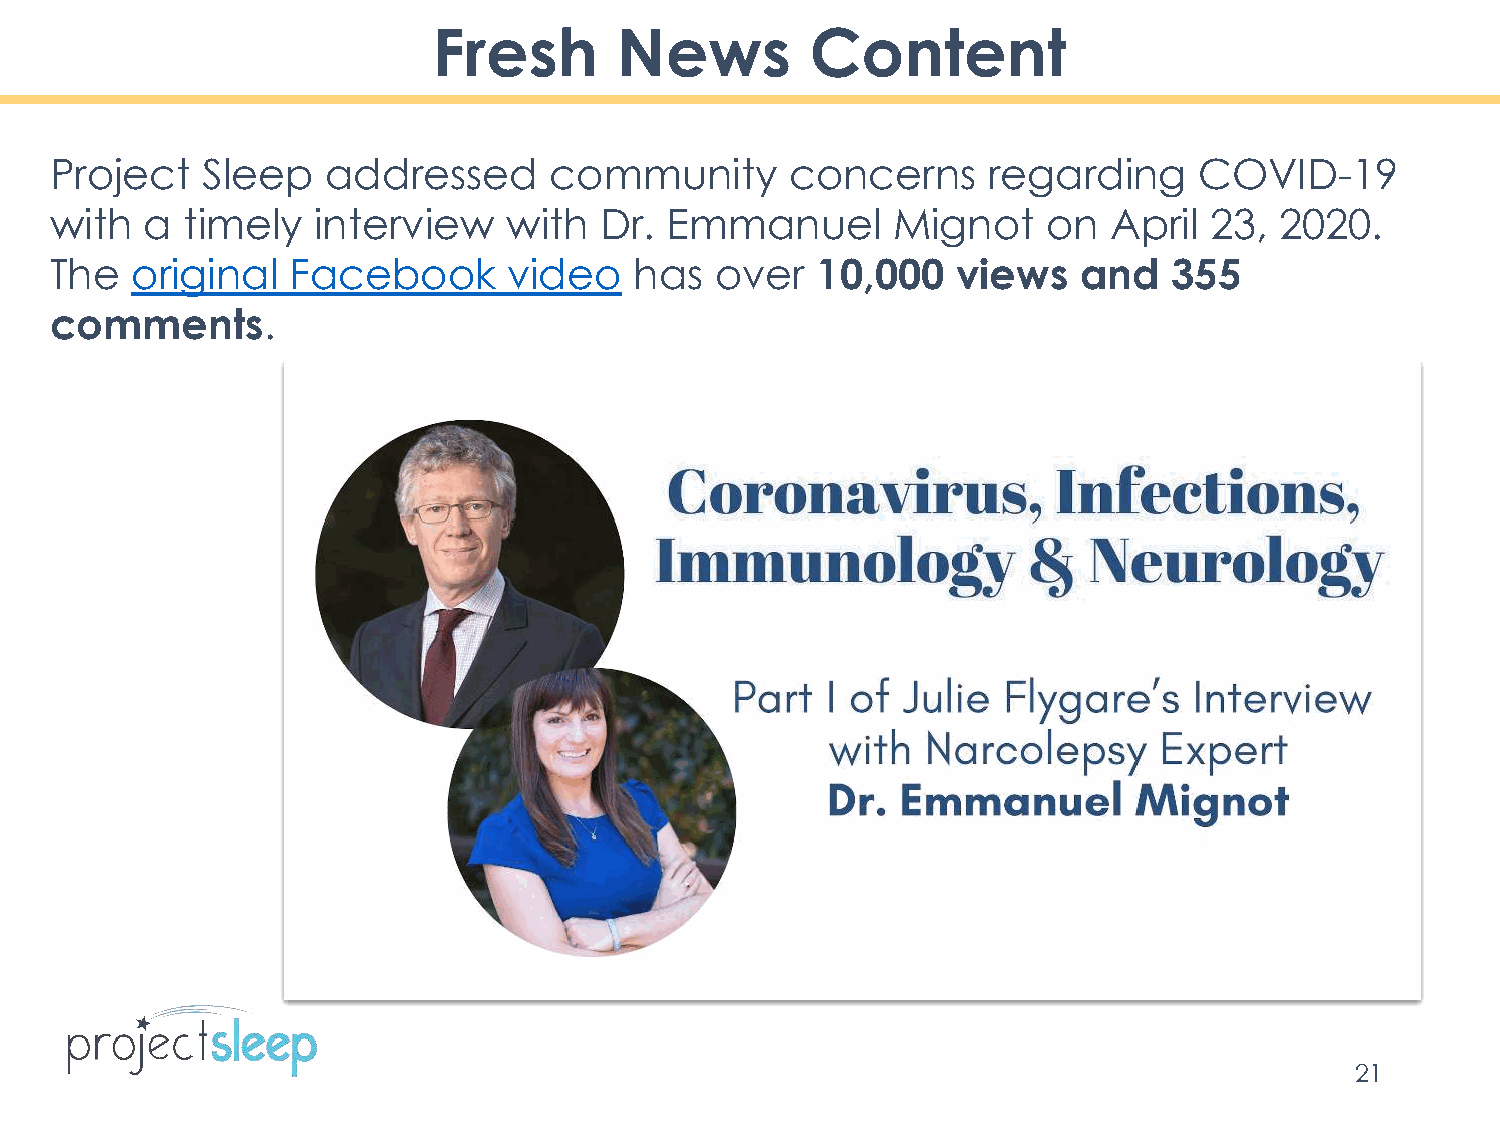
Fresh       News         Content
 Project   Sleep    addressed     community       concerns     regarding     COVID-19
 with   a timely   interview    with  Dr. Emmanuel       Mignot    on  April  23,  2020.
 The   original  Facebook       video   has  over   10,000   views   and    355
 comments.
 21